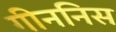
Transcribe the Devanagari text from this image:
गीननिस